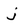
Character: j